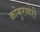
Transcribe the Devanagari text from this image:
कोमुरागेरी